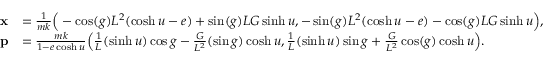
\begin{array} { r l } { \mathbf { x } } & { = \frac { 1 } { m k } \Big ( - \cos ( g ) L ^ { 2 } ( \cosh u - e ) + \sin ( g ) L G \sinh u , - \sin ( g ) L ^ { 2 } ( \cosh u - e ) - \cos ( g ) L G \sinh u \Big ) , } \\ { \mathbf { p } } & { = \frac { m k } { 1 - e \cosh u } \Big ( \frac { 1 } { L } ( \sinh u ) \cos g - \frac { G } { L ^ { 2 } } ( \sin g ) \cosh u , \frac { 1 } { L } ( \sinh u ) \sin g + \frac { G } { L ^ { 2 } } \cos ( g ) \cosh u \Big ) . } \end{array}